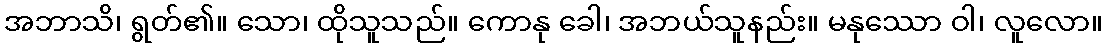
အဘာသိ၊ ရွတ်၏။ သော၊ ထိုသူသည်။ ကောနု ခေါ၊ အဘယ်သူနည်း။ မနုဿော ဝါ၊ လူလော။